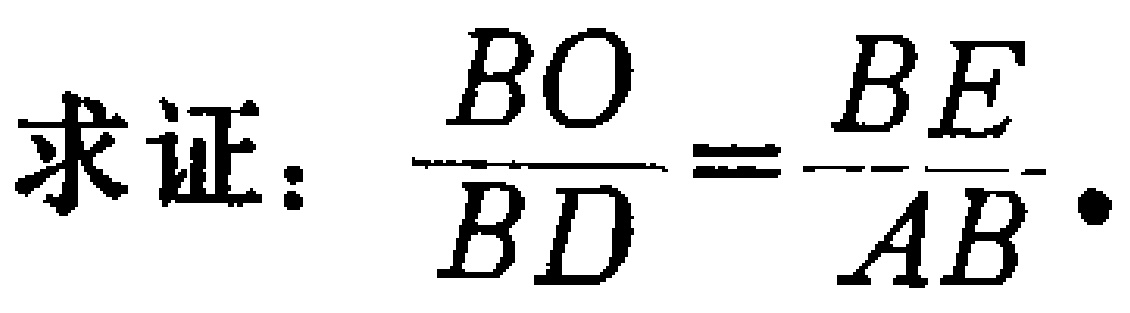
求证：$\dfrac{BO}{BD}=\dfrac{BE}{AB}.$